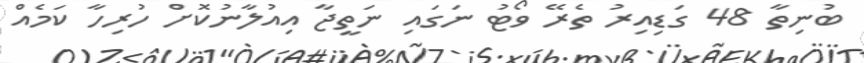
ބުނިތާ 48 ގަޑިއިރު ތެރޭ ވޯޓު ނަގައި ނަތީޖާ އިއުލާނުކޮށް ހުރިހާ ކަމެއް